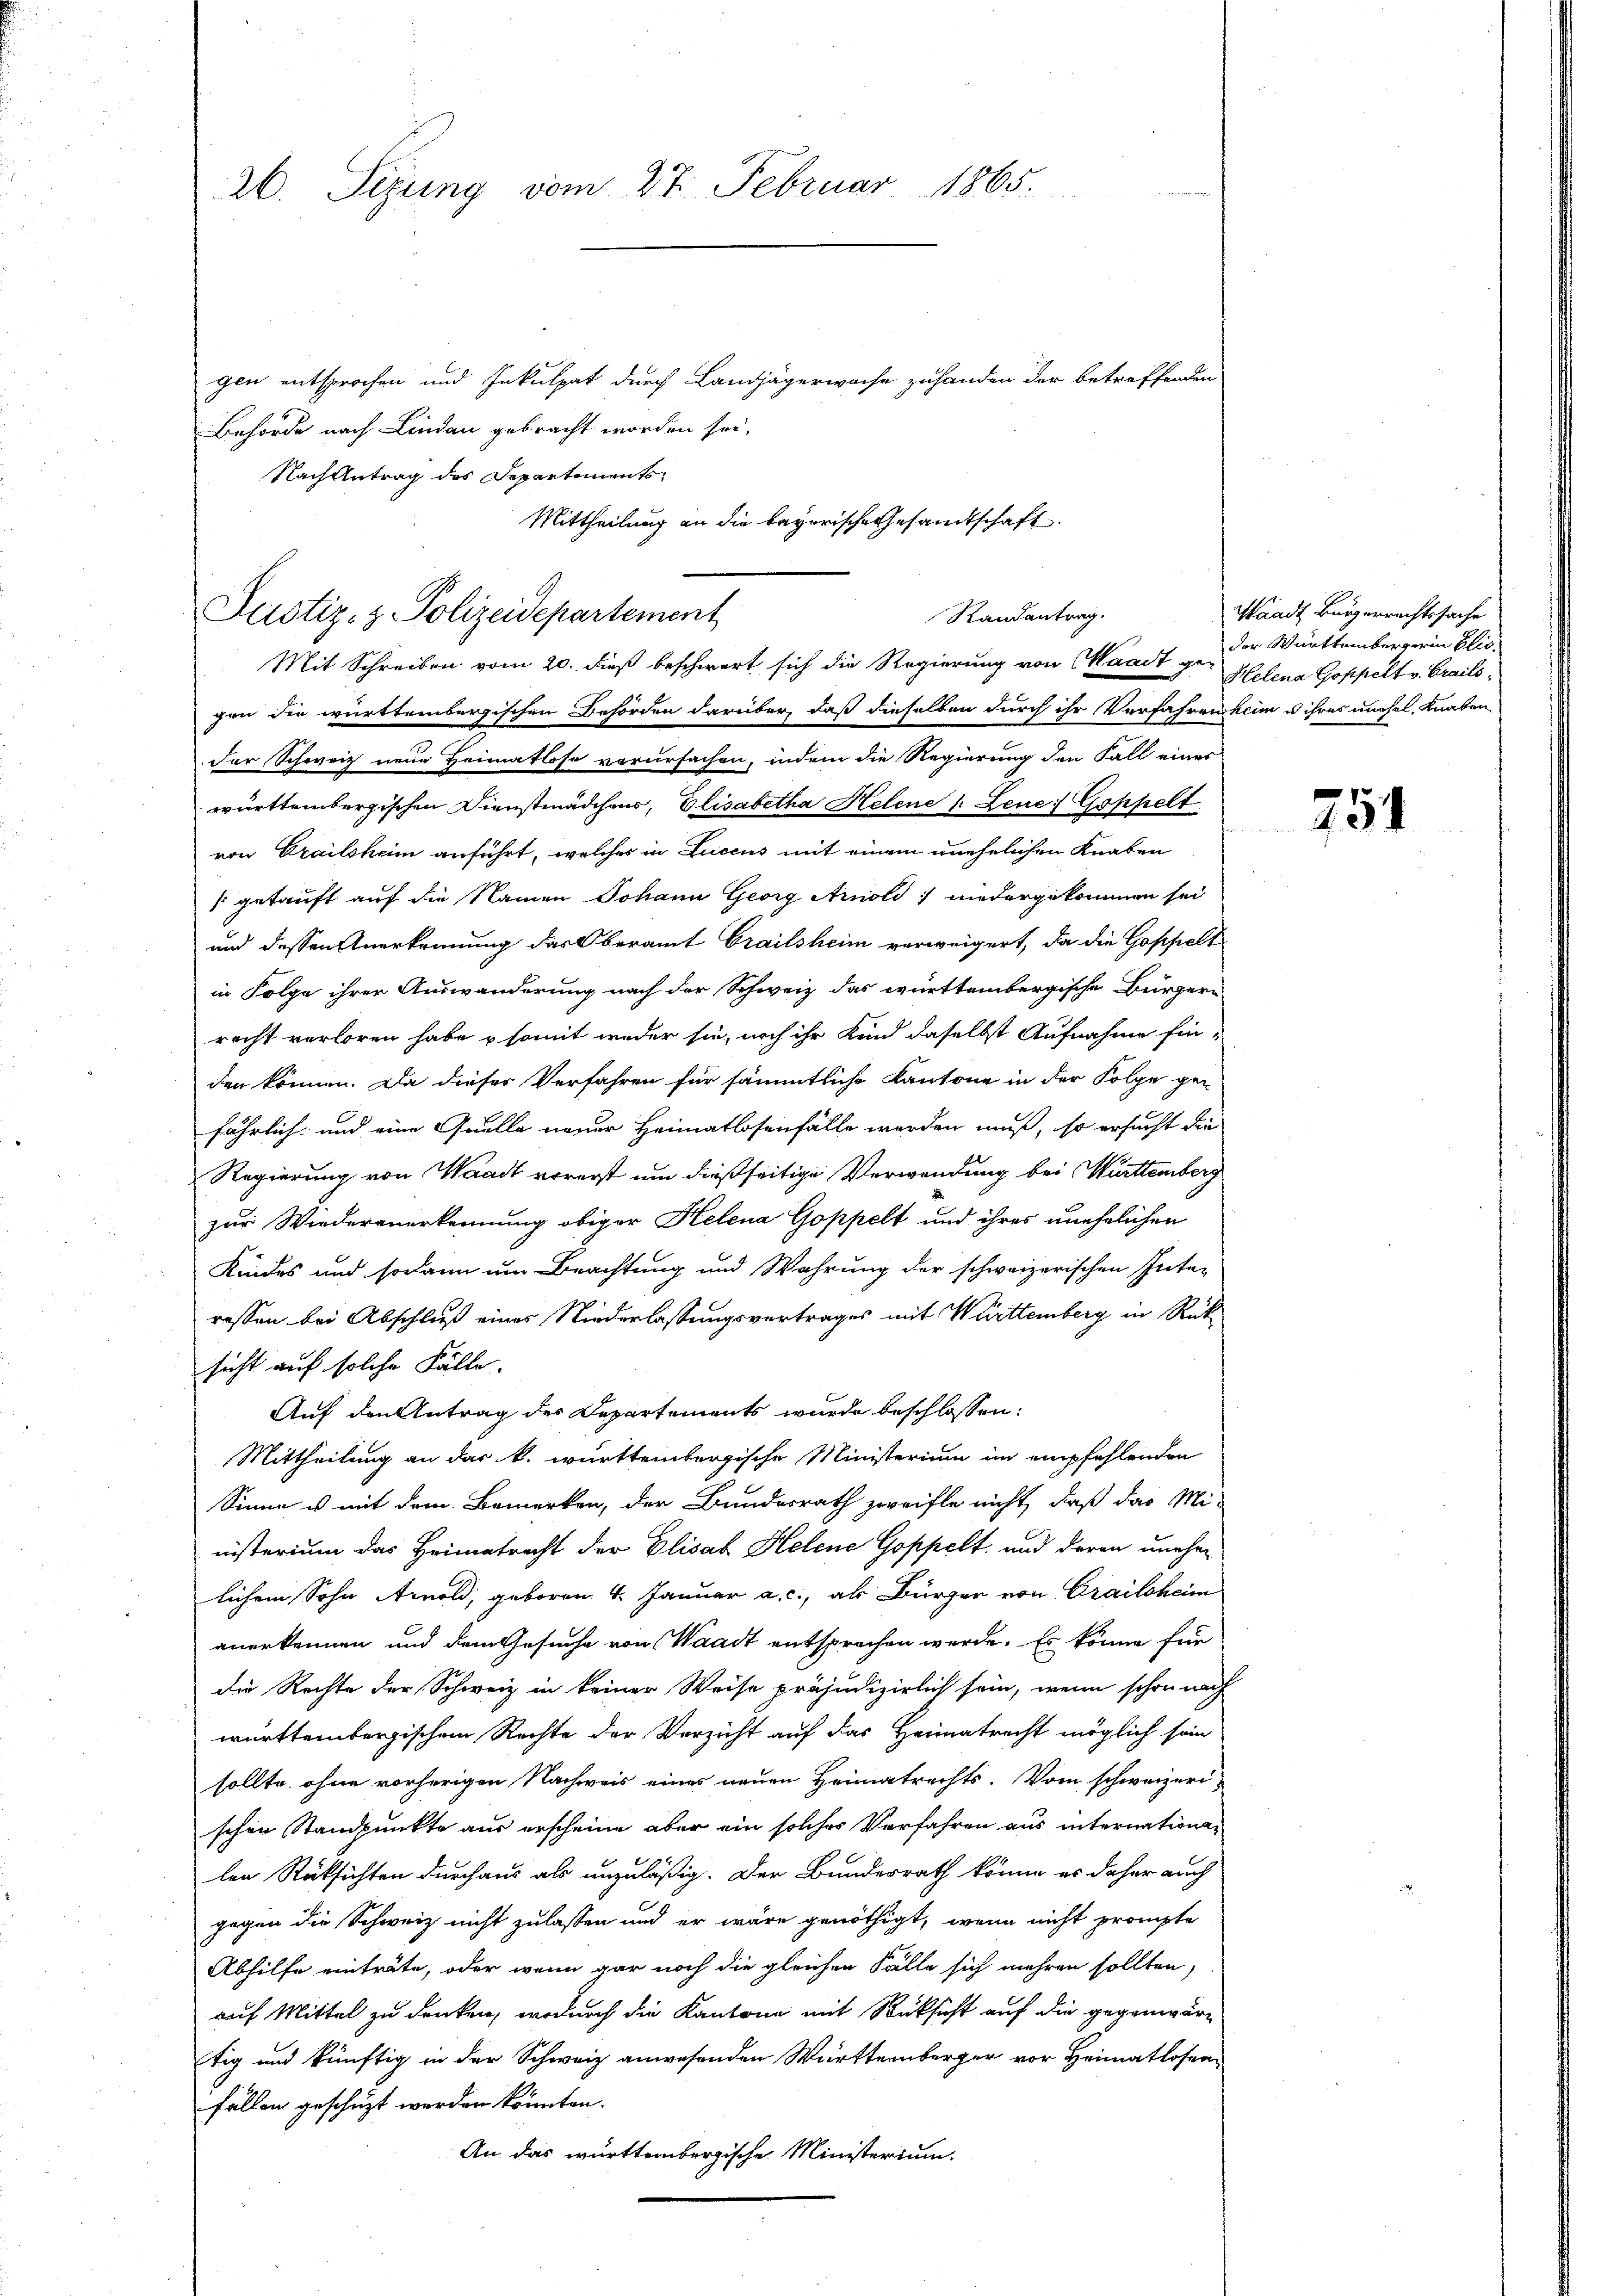
26. Sizung vom 27. Februar 1865.

gen entsprochen und Inkulpat durch Landjägerwache zuhanden der betreffenden
Behörde nach Lindau gebracht worden sei.
Nach Antrag des Departements
Mittheilung an die bayorische Gesamtschaft

Randantrag.
Justiz- & Polizeidepartement
Mit Schreiben vom 20. dieß beschwert sich die Regierung von Waadt ge- Helena Goppelt v. Grails,

gen die württembergischen Behörden darüber, daß dieselben durch ihr Verfahren kein u ihres unehel, Knaben
der Schweiz neue Heimatlose verursachen, indem die Regierung den Fall eines
württembergischen Dienstmädchens, Elisabetha Helene s. Lene: Goppelt
von Crailsheim anführt, welches in Lucens mit einem unehelichen Knaben
sgetauft auf die Namen Johann Georg Arnold niedergekommen sei
und dessen Anerkennung das Oberamt Grailsheim verweigert, da die Goppelt
in Folge ihrer Auswanderung nach der Schweiz das württembergische Bürgern
recht verloren habe & somit weder sie, noch ihr Kind daselbst Aufnahme hin-
den können. Da dieser Verfahren für sämmtliche Kantone in der Folge ge-
fährlich und eine Quelle neuer Heimatlosenfälle werden muß, so ersucht die
Regierung von Waadt vorerst um dießseitige Verwendung bei Württemberg
zur Wiederanerkennung obiger Helena Goppelt und ihres unehelichen
Kindes und sodann um Beachtung und Wahrung der schweizerischen Inte-
ressen bei Abschluß eines Niederlassungsvertrages mit Württemberg in Rük
sicht auf solche Fälle.
Auf den Antrag des Departements wurde beschlossen:
Mittheilung an das k. württembergische Ministerium im empfehlenden
Sinne u mit dem Bemerken, der Bundesrath zweifle nicht, daß das Mi-
nisterium das Heimatrecht der Elisab Helene Goppelt, und darau uneher
lichem Sohn Arnold, geboren 4. Januar a. c., als Bürger von Crailsheim
anerkennen und dem Gesuche von Waadt entsprechen werde. Es könne für
die Rechte der Schweiz in keiner Weise präjudizierlich sein, wenn schon nach
württembergischem Rechte der Verzicht auf das Heimatrecht möglich sein
sollte ohne vorherigen Nachweis eines neuen Heimatrechts. Vom schweizerischen Standpunkte aus erscheine aber ein solches Verfahren aus internationalen Rüksichten durchaus als unzuläßig. Der Bundesrath könne es daher auch
gegen die Schweiz nicht zulassen und er wäre genöthigt, wenn nicht prompte
Abhilfe einträte, oder wenn gar noch die gleichen Fälle sich mehren sollten,
auf Mittel zu denken, wodurch die Kantone mit Rücksicht auf die gegenwärtig und künftig in der Schweiz anwesenden Württernberger vor Heimatlosen-
fällen geschüzt werden könnten.
An das württembergische Ministerium

Waadt Bürgerrechtssache
der Württembergerin Elis.

754